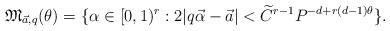
LaTeX: \begin{align*}\mathfrak{M}_{\vec{a},q}(\theta)=\{\alpha \in [0,1)^r : 2|q\vec{\alpha}-\vec{a}|< \widetilde{C}^{r-1}P^{-d+r(d-1)\theta}\}.\end{align*}